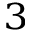
^ 3